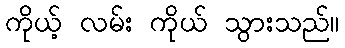
ကိုယ့် လမ်း ကိုယ် သွားသည်။